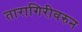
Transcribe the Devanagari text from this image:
तारागिरीवरुन